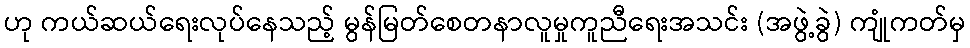
ဟု ကယ်ဆယ်ရေးလုပ်နေသည့် မွန်မြတ်စေတနာလူမှုကူညီရေးအသင်း (အဖွဲ့ခွဲ) ကျုံကတ်မှ